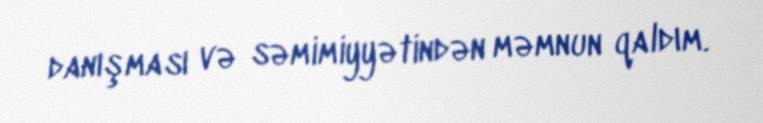
danışması və səmimiyyətindən məmnun qaldım.